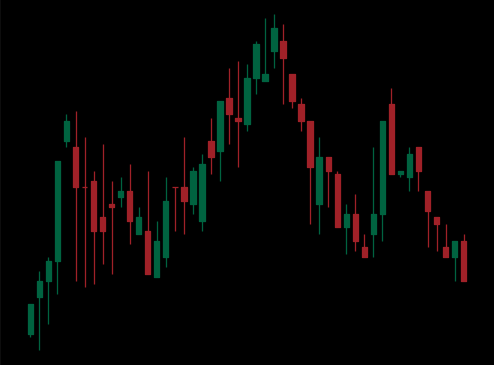
Pattern: head_shoulders